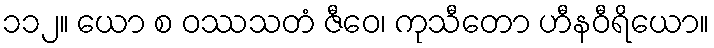
၁၁၂။ ယော စ ဝဿသတံ ဇီဝေ၊ ကုသီတော ဟီနဝီရိယော။